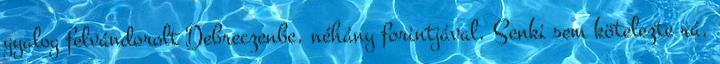
gyalog felvándorolt Debreczenbe, néhány forintjával. Senki sem kötelezte rá,